Rangoon Lunatic Asylum 1898-1906 - 1898-1906
Year: 1898
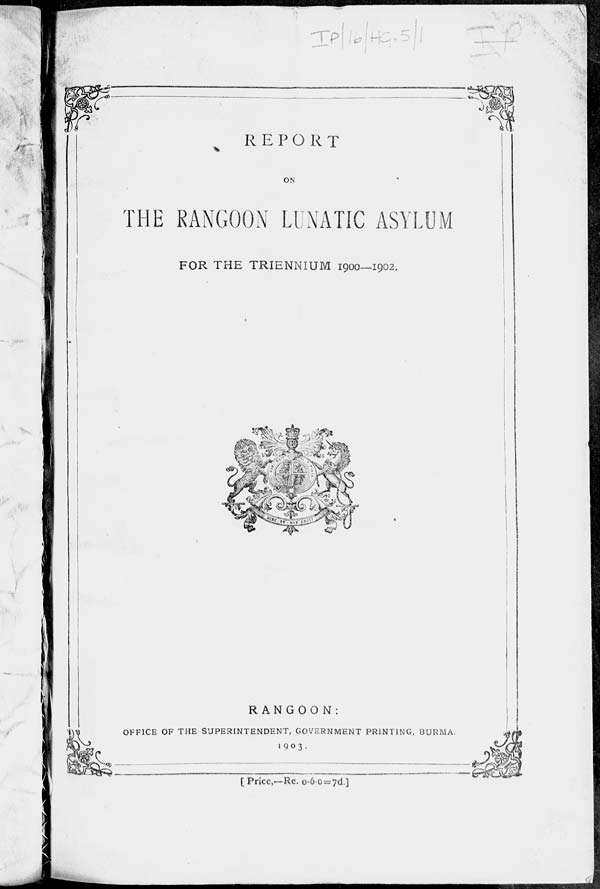
REPORT
ON
THE RANGOON LUNATIC ASYLUM
FOR THE TRIENNIUM 1900—1902.
RANGOON:
OFFICE OF THE SUPERINTENDENT, GOVERNMENT PRINTING, BURMA.
1903.
[Price,—Re. 0-6-0=7d.]